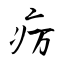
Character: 疠